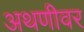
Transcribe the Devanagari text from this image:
अथणीवर